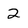
Character: 2